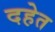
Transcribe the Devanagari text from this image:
दहेत